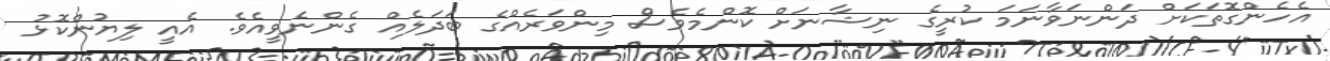
އެހެންގޮތަކަށް ދަންނަވާނަމަ ކުރީގެ ނިޝާނަށް ކޮންމެވެސް މިންވަރެއްގެ ބަދަލެއް ގެންނެވީއެވެ. އެއީ ލިޔުންކޮޅު